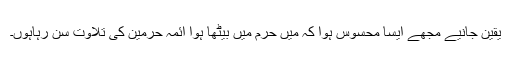
یقین جانیے مجھے ایسا محسوس ہوا کہ میں حرم میں بیٹھا ہوا ائمہ حرمین کی تلاوت سن رہاہوں۔